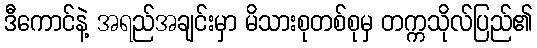
ဒီကောင်နဲ့ အရည်အချင်းမှာ မိသားစုတစ်စုမှ တက္ကသိုလ်ပြည်၏